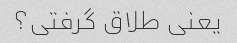
یعنی طلاق گرفتی؟